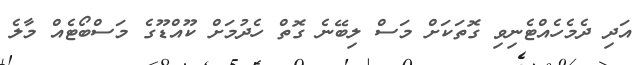
އަދި ދެމެހެއްޓެނިވި ގޮތަކަށް މަސް ލިބޭނެ ގޮތް ހެދުމަށް ކޫއްޑޫގެ މަސްބޯޓެއް މާލެ